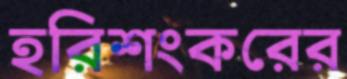
হরিশংকরের